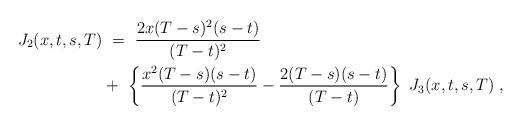
LaTeX: \begin{align*} J_2(x,t,s,T) &\ = \ \frac{2x(T-s)^2(s-t)}{(T-t)^2} \\&+\ \left\{\frac{x^2(T-s)(s-t)}{(T-t)^2}-\frac{2(T-s)(s-t)}{(T-t)}\right\} \ J_3(x,t,s,T) \ , \end{align*}